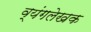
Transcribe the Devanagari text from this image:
व्यंगलेखक